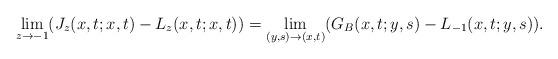
LaTeX: \begin{align*}\lim_{z\rightarrow -1}(J_z(x,t;x,t)-L_z(x,t;x,t))=\lim _{(y,s)\rightarrow(x,t)}(G_B(x,t;y,s)-L_{-1}(x,t;y,s)). \\\end{align*}